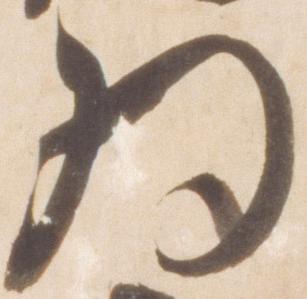
為